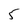
Character: 5